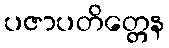
ပဇာပတိတ္တေန